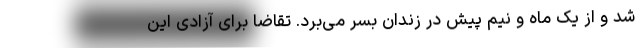
شد و از یک ماه و نیم پیش در زندان بسر می‌برد. تقاضا برای آزادی این